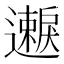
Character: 𫑐